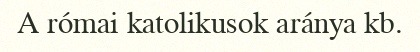
A római katolikusok aránya kb.